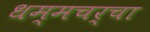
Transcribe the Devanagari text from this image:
धम्मचर्चा